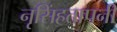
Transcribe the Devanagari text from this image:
नृसिंहतापनी